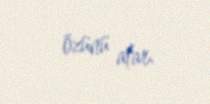
özünü atar.